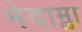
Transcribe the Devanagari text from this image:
मेदाम्ला